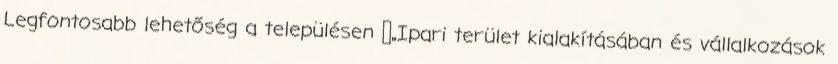
Legfontosabb lehetőség a településen ▪„Ipari terület kialakításában és vállalkozások